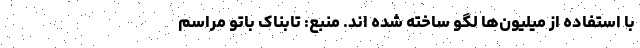
با استفاده از میلیون‌ها لگو ساخته شده اند. منبع: تابناک باتو مراسم